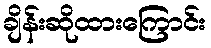
ချိန်းဆိုထားကြောင်း